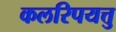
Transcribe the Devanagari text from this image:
कलरिपयत्तु